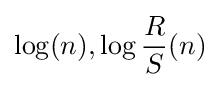
\log(n),\log {\frac {R}{S}}(n)